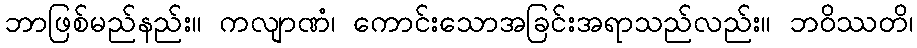
ဘာဖြစ်မည်နည်း။ ကလျာဏံ၊ ကောင်းသောအခြင်းအရာသည်လည်း။ ဘဝိဿတိ၊